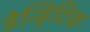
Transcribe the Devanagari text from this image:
डेन्ड्रिटिक